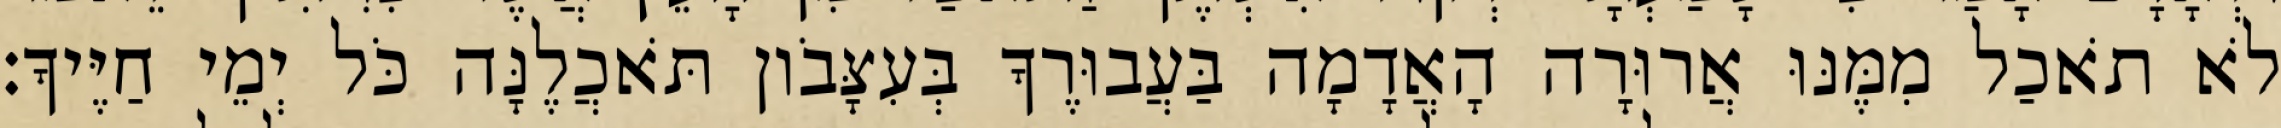
לֹא תֹאכַל מִמֶּנּוּ אֲרוּרָה הָאֲדָמָה בַּעֲבוּרֶךָ בְּעִצָּבֹון תֹּאכֲלֶנָּה כֹּל יְמֵי חַיֶּיךָ׃